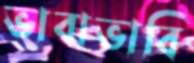
ভাবাভাবি